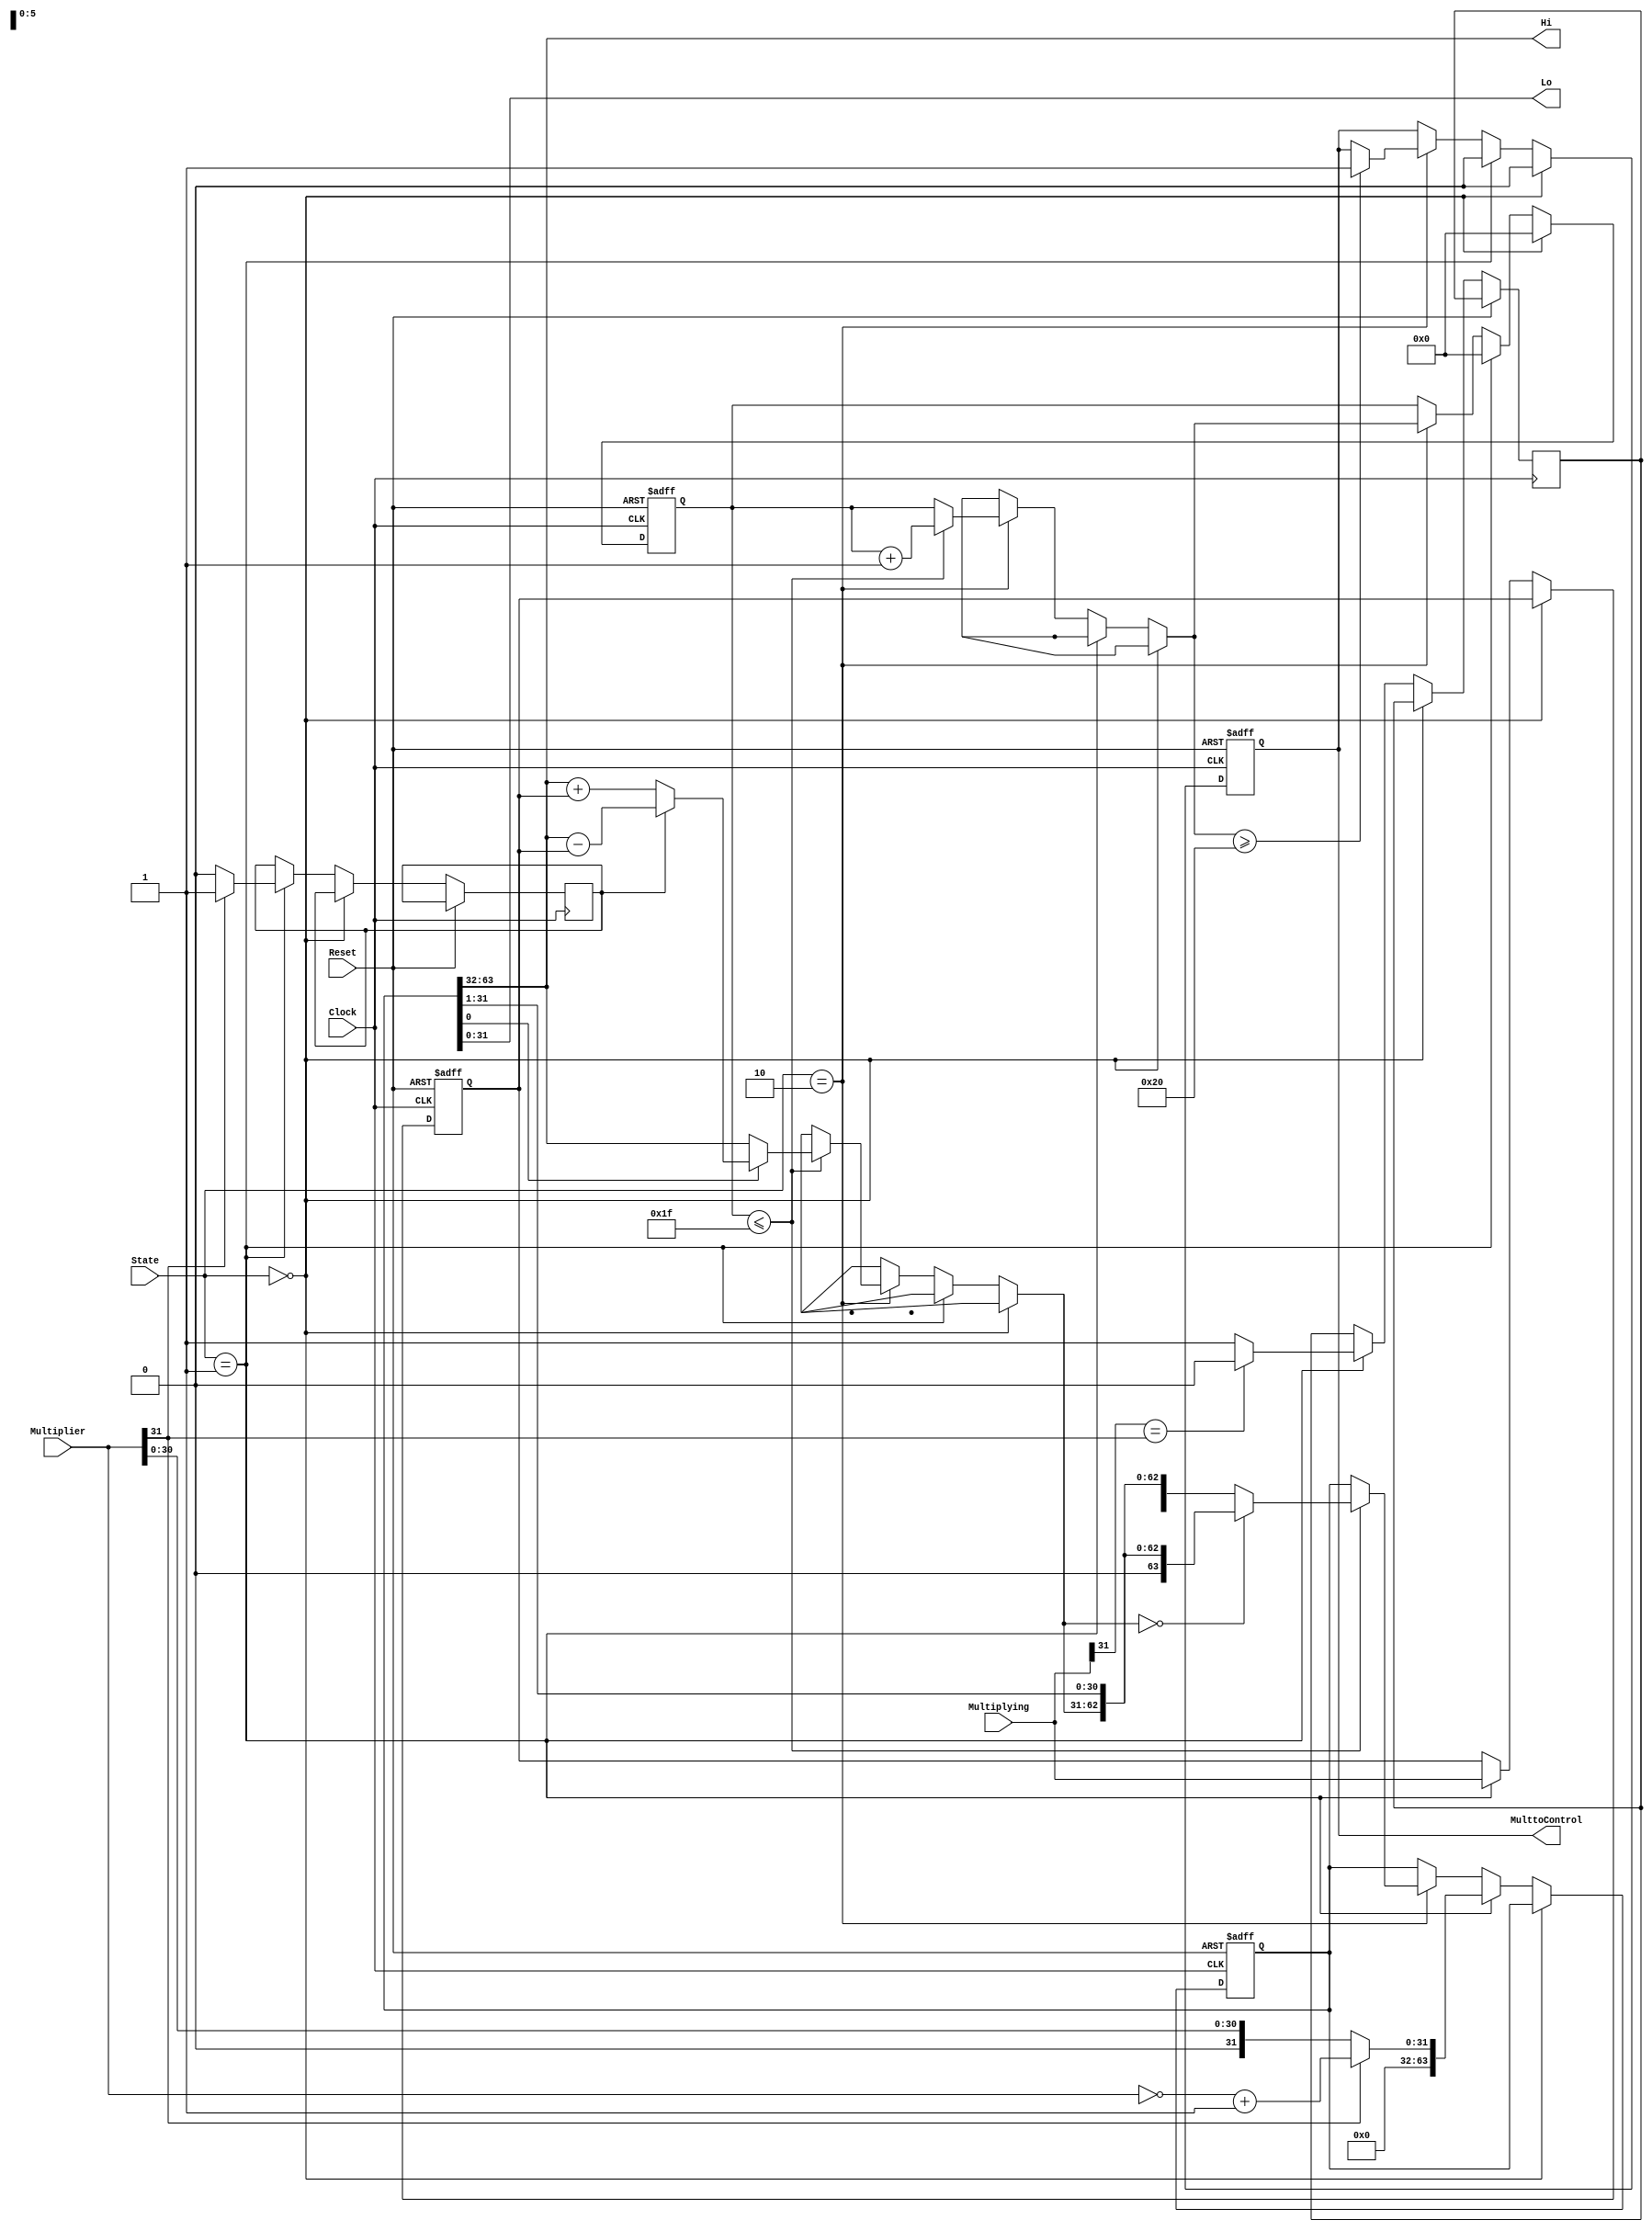
module Mult (
    output reg  [31:0] Hi,
    output reg  [31:0] Lo,
    output reg         MulttoControl,
    input  wire        Clock,
    input  wire        Reset,
    input  wire [1:0]  State,
    input  wire [31:0] Multiplying,
    input  wire [31:0] Multiplier
);

    // Registradores internos:
    reg [5:0]  Counter;
    reg [31:0] Multiplying_reg;
    reg [63:0] Product;
    reg        Operation;
    reg        Product_signal;


initial begin
    MulttoControl = 0;
    Counter = 6'd0;
    Multiplying_reg <= 32'd0;
    Product <= 64'd0;
end


always @(posedge Clock or posedge Reset) begin
    // Reset: 
    if (Reset) begin
        MulttoControl = 0;
        Counter = 6'd0;
        Multiplying_reg <= 32'd0;
        Product <= 64'd0;
    end
    // Estado 0: Estado neutro.
    else if (State == 2'b00) begin
        MulttoControl = 0;
        Counter = 6'd0;
    end
    // Estado 1: Guardando valores e preparando para multiplicar.
    else if (State == 2'b01) begin
        Multiplying_reg = Multiplying;
        MulttoControl = 0;
        Counter = 6'd0;

        // Define o sinal do produto.
        if (Multiplying[31] == Multiplier[31])
            Product_signal = 0;
        else
            Product_signal = 1;

        // Verifica se multiplicador é positivo ou negativo.
        if (Multiplier[31] == 0) begin
            // Se for positivo: 
            // a operação do multiplicando vai ser de soma e o multiplicador permanece igual.
            Operation = 0;
            Product = {32'd0, Multiplier};
        end
        else begin 
            // Se for negativo: 
            // a operação do multiplicando vai ser de subtração e o multiplicador será invertido para positivo.
            Operation = 1;
            Product = {32'd0, ((~Multiplier) + 1)};
        end
    end
    // Estado 2: Faz a multiplicação.
    else if (State == 2'b10) begin
        if (Counter <= 31) begin
            if (Product[0] == 1) begin
                if (Operation == 0)
                    Product[63:32] = Product[63:32] + Multiplying_reg;
                else 
                    Product[63:32] = Product[63:32] - Multiplying_reg;
            end
            
            if (Product[63:32] == 0)
                Product = {1'b0, Product[63:1]};
            else
                Product = {Product_signal, Product[63:1]};
            Counter = Counter + 1;
        end
        
        // Manda un sinal para informar que a multiplicação acabou.
        if (Counter >= 32) begin
            MulttoControl = 1;
        end
    end
end

// Manda os valores do registrador do produto para as saídas Hi e Lo. 
always @(*) begin
    Hi = Product[63:32];
    Lo = Product[31:0];
end
    
endmodule